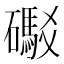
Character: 礟